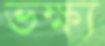
ভক্ষ্য